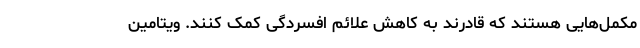
مکمل‌هایی هستند که قادرند به کاهش علائم افسردگی کمک کنند. ویتامین